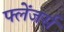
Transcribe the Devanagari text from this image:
फ्लेंजर्स